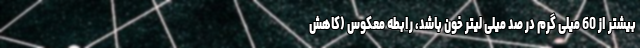
بیشتر از 60 میلی گرم در صد میلی لیتر خون باشد، رابطه معکوس (کاهش